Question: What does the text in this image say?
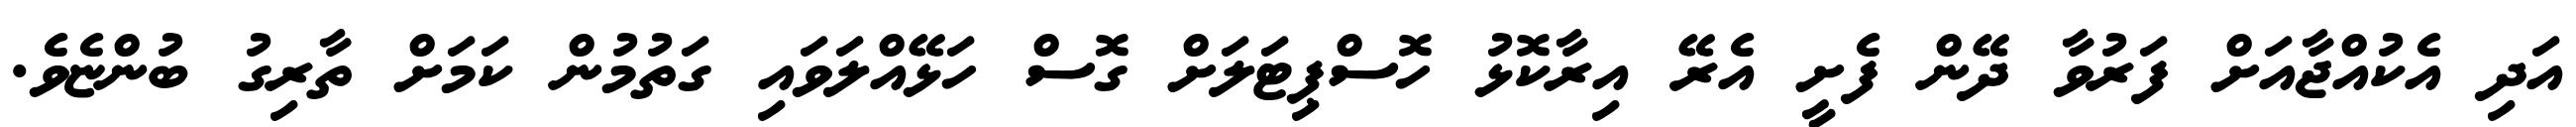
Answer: އަދި އެކުއްޖާއަށް ފަރުވާ ދޭން ފެށީ އެރޭ އިރާކޮޅު ހޮސްޕިޓަލަށް ގޮސް ހަޅޭއްލަވައި ގަތުމުން ކަމަށް ތާރިގު ބުންޏެވެ.